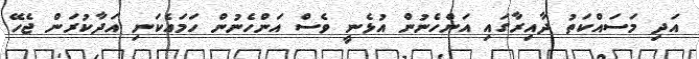
އަދި މަސައްކަތު ދާއިރާގައި އަންހެނުން އުޅެނީ ވެސް އަންހެނުން ހަމައެކަނި އަދާކުރަން ޖެހޭ